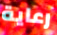
رعاية